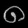
Digit: ၈